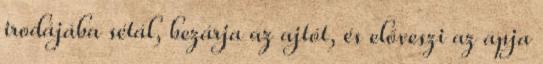
irodájába sétál, bezárja az ajtót, és előveszi az apja